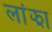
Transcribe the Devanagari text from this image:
लांझा